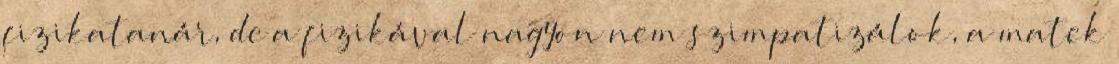
fizikatanár, de a fizikával nagyon nem szimpatizálok, a matek